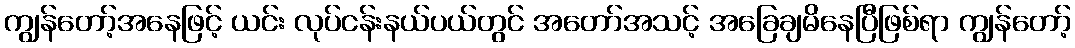
ကျွန်တော့်အနေဖြင့် ယင်း လုပ်ငန်းနယ်ပယ်တွင် အတော်အသင့် အခြေချမိနေပြီဖြစ်ရာ ကျွန်တော့်